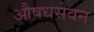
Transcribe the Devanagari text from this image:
औषधसेवन